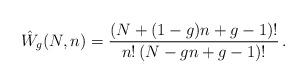
LaTeX: \begin{align*} \hat{W}_g(N,n) = \frac{(N+ (1-g)n +g-1)!}{n! \, ( N - g n + g-1)!} \,.\end{align*}